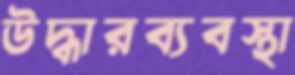
উদ্ধারব্যবস্থা